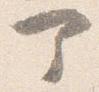
部